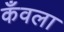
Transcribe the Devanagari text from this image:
कँवला